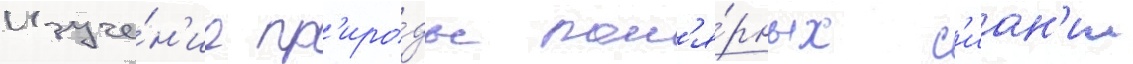
Изуче́н'ие пр'иро́ды пол'я́рных с'иан'ии